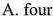
A.four